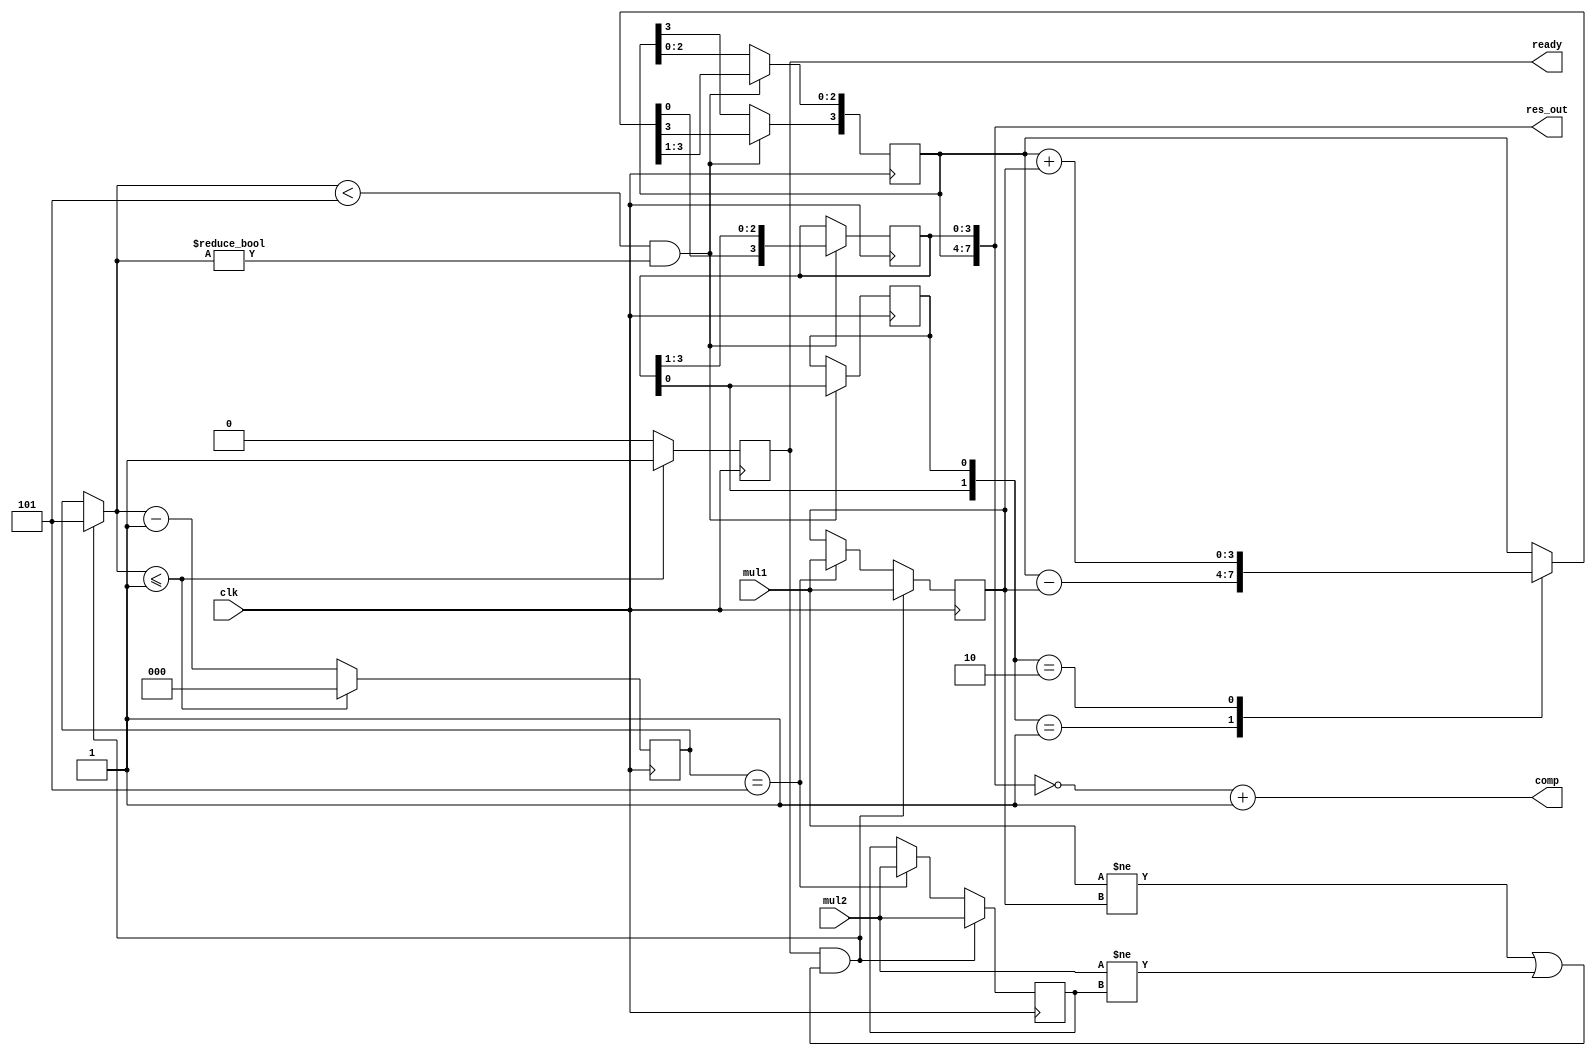
module booth #(parameter OPERAND_BITS = 4) (
        input wire clk,
        input wire [OPERAND_BITS - 1:0] mul1,
        input wire [OPERAND_BITS - 1:0] mul2,
        //input wire [4:0] res_in,
        //output wire [1:0] op,
        //output wire [3:0] val1,
        //output wire [3:0] val2,
        output wire [2 * OPERAND_BITS - 1:0] res_out,
        output reg ready,
        output wire [2 * OPERAND_BITS - 1:0] comp
        );
    localparam N_BITS = $clog2(OPERAND_BITS + 1);
    reg [OPERAND_BITS - 1:0] A;
    reg [OPERAND_BITS - 1:0] Q;
    reg q0;
    reg [OPERAND_BITS - 1:0] M;
    reg [OPERAND_BITS - 1:0] mul2_mem;
    reg [N_BITS - 1:0] n;
    //alu a1 (.clk(clk), .op(op), .val1(val1), .val2(val2), .res(res_in));
    //typedef enum reg [1:0] { LNOP, ADD, SUB, HNOP } operation;
    //operation op1 = SUB; //First action always either shift or subtract
    //assign op = op1;
    assign res_out = {A, Q};
    wire [1:0] op;
    assign op = {Q[0], q0};
    wire [2 * OPERAND_BITS:0] test;
    assign test = {A, Q, q0};
    assign comp = ~(res_out) + 1'b1; //Take 2's comp to get true value
    initial begin
        n <= OPERAND_BITS + 1;
    end
    always @(posedge clk) begin
        if (n == OPERAND_BITS + 1) begin
            A <= 0;
            Q <= mul2;
            q0 <= 1'b0;
            M <= mul1; //Initialize M = mul1
            mul2_mem <= mul2;
        end
        if (ready && ((mul1 != M) || (mul2 != mul2_mem))) begin
            ready = 0;
            n = OPERAND_BITS + 1;
            A <= 0;
            Q <= mul2;
            q0 <= 1'b0;
            M <= mul1;
            mul2_mem <= mul2;
        end
        if (n < OPERAND_BITS + 1 && n != 0) begin
            case(op)
                2'b01: A = A - M;
                2'b10: A = A + M;
                default: A = A;
            endcase
            {A, Q, q0} = {A, Q, q0} >> 1;
            A[OPERAND_BITS - 1] <= A[OPERAND_BITS - 2];
        end
        if(n <= 1) begin
            ready <= 1;
            n = 0;
        end
        else begin
            ready <= 0;
            n = n - 1;
        end
    end
endmodule